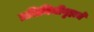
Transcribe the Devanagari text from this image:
प्रतिनिधीगृहाचे